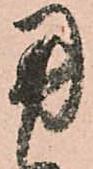
用